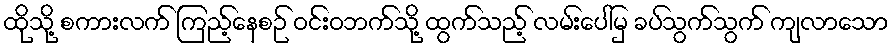
ထိုသို့ စကားလက် ကြည့်နေစဉ် ဝင်းဝဘက်သို့ ထွက်သည့် လမ်းပေါ်မှ ခပ်သွက်သွက် ကျလာသော